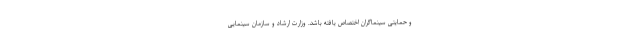
و حمایتی سینماگران اختصاص یافته باشد. وزارت ارشاد و سازمان سینمایی